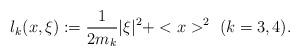
LaTeX: \begin{align*} l_k(x,\xi) := \frac{1}{2m_k}|\xi |^2 + <x>^2 \ (k = 3,4). \end{align*}